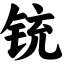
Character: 铳